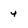
Character: 4